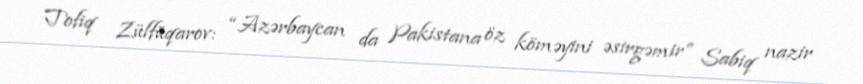
Tofiq Zülfüqarov: “Azərbaycan da Pakistana öz köməyini əsirgəmir” Sabiq nazir